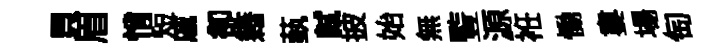
貝眉悄短戚卻籍蓺軾披始無䜿源袵慟婁場匋